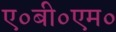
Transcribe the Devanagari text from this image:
ए०बी०एम०